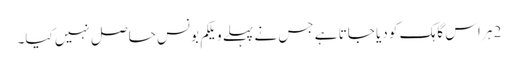
2 ہر اس گاہک کو دیا جاتا ہے جس نے پہلے ویلکم بونس حاصل نہیں کیا۔